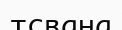
тсвана